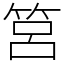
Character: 筥